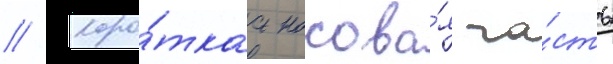
// Коро́ткаа носова́я ча́сть